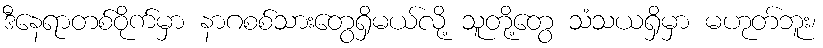
ဒီနေရာတစ်ဝိုက်မှာ နာဂစစ်သားတွေရှိမယ်လို့ သူတို့တွေ သံသယရှိမှာ မဟုတ်ဘူး၊